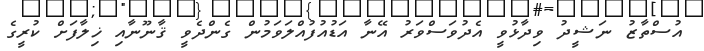
އުސްތާޒު ނަޝީދު ވިދާޅުވީ އެދުވަސްވަރު އޭނާ އަޑުއުފުއްލަވަމުން ގެންދެވީ ޤާނޫނާއި ޚިލާފަށް ކުރީގެ